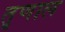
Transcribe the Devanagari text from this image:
तृणाल